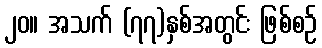
၂၀။ အသက် (၇၇)နှစ်အတွင်း ဖြစ်စဉ်